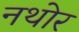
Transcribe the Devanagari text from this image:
नथोर